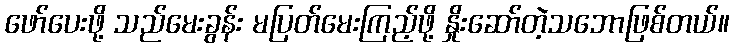
ဖော်ပေးဖို့ သည်မေးခွန်း မပြတ်မေးကြည့်ဖို့ နှိုးဆော်တဲ့သဘောဖြစ်တယ်။